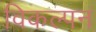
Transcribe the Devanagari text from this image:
विकल्पन